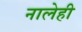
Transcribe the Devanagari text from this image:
नालेही